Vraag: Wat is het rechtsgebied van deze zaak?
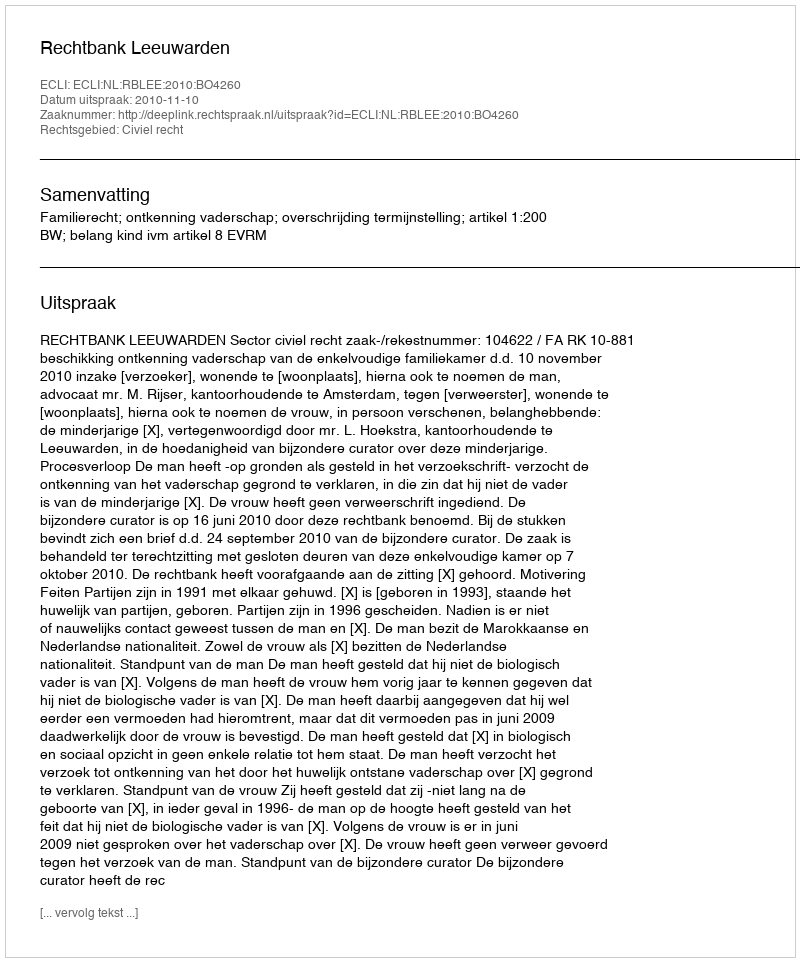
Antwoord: Civiel recht